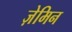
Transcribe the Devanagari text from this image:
ज़ेमिन